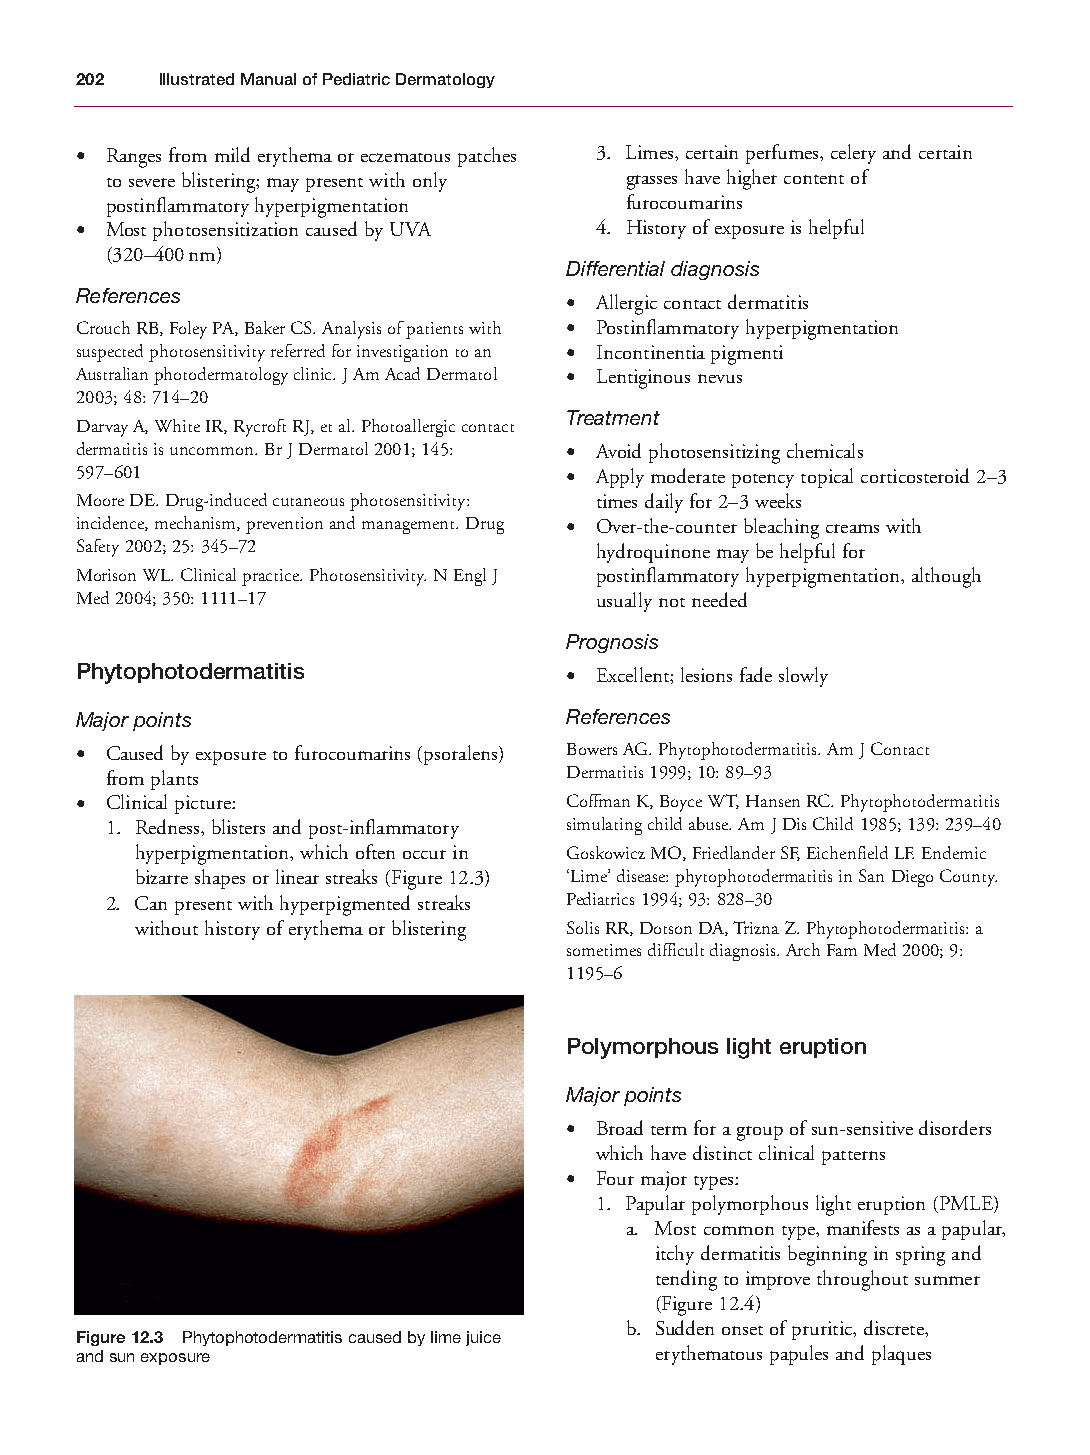
Mallory Chapter 12 27/1/05 2:27 pm Page 202
 202  Illustrated Manual of Pediatric Dermatology
 • Ranges from mild erythema or eczematous patches 3. Limes, certain perfumes, celery and certain
 to severe blistering; may present with only grasses have higher content of
 postinflammatory hyperpigmentation furocoumarins
 • Most photosensitization caused by UVA 4. History of exposure is helpful
 (320–400nm)
 Differential diagnosis
 References
 • Allergic contact dermatitis
 Crouch RB, Foley PA, Baker CS. Analysis of patients with • Postinflammatory hyperpigmentation
 suspected photosensitivity referred for investigation to an • Incontinentia pigmenti
 Australian photodermatology clinic. J Am Acad Dermatol • Lentiginous nevus
 2003; 48: 714–20
 Treatment
 Darvay A, White IR, Rycroft RJ, et al. Photoallergic contact
 dermatitis is uncommon. Br J Dermatol 2001; 145: • Avoid photosensitizing chemicals
 597–601                         • Apply moderate potency topical corticosteroid 2–3
 Moore DE. Drug-induced cutaneous photosensitivity: times daily for 2–3 weeks
 incidence, mechanism, prevention and management. Drug • Over-the-counter bleaching creams with
 Safety 2002; 25: 345–72           hydroquinone may be helpful for
 Morison WL. Clinical practice. Photosensitivity. N Engl J postinflammatory hyperpigmentation, although
 Med 2004; 350: 1111–17            usually not needed
 Prognosis
 Phytophotodermatitis            • Excellent; lesions fade slowly
 Major points                    References
 • Caused by exposure to furocoumarins (psoralens) Bowers AG. Phytophotodermatitis. Am J Contact
 from plants                   Dermatitis 1999; 10: 89–93
 • Clinical picture:             Coffman K, Boyce WT, Hansen RC. Phytophotodermatitis
 1. Redness, blisters and post-inflammatory simulating child abuse. Am J Dis Child 1985; 139: 239–40
 hyperpigmentation, which often occur in Goskowicz MO, Friedlander SF, Eichenfield LF. Endemic
 bizarre shapes or linear streaks (Figure 12.3) ‘Lime’ disease: phytophotodermatitis in San Diego County.
 2. Can present with hyperpigmented streaks Pediatrics 1994; 93: 828–30
 without history of erythema or blistering Solis RR, Dotson DA, Trizna Z. Phytophotodermatitis: a
 sometimes difficult diagnosis. Arch Fam Med 2000; 9:
 1195–6
 Polymorphous light eruption
 Major points
 • Broad term for a group of sun-sensitive disorders
 which have distinct clinical patterns
 • Four major types:
 1. Papular polymorphous light eruption (PMLE)
 a. Most common type, manifests as a papular,
 itchy dermatitis beginning in spring and
 tending to improve throughout summer
 (Figure 12.4)
 b. Sudden onset of pruritic, discrete,
 Figure 12.3 Phytophotodermatitis caused by lime juice
 and sun exposure                      erythematous papules and plaques